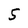
Character: S